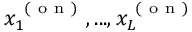
x _ { 1 } ^ { \mathrm { ~ ( ~ o ~ n ~ ) ~ } } , . . . , x _ { L } ^ { \mathrm { ~ ( ~ o ~ n ~ ) ~ } }